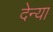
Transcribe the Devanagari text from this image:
देन्या